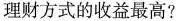
理财方式的收益最高?